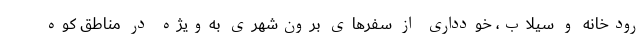
رودخانه و سیلاب، خودداری از سفرهای برون‌شهری به‌ویژه در مناطق کوه